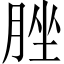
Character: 脞